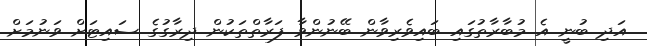
އަދި ބުނީ އެ މުބާރާތުގައި ބައިވެރިވާން ބޭނުންވާ ފަރާތްތަކުން ދިރާގުގެ ސައިޓަށް ވަނުމަށް